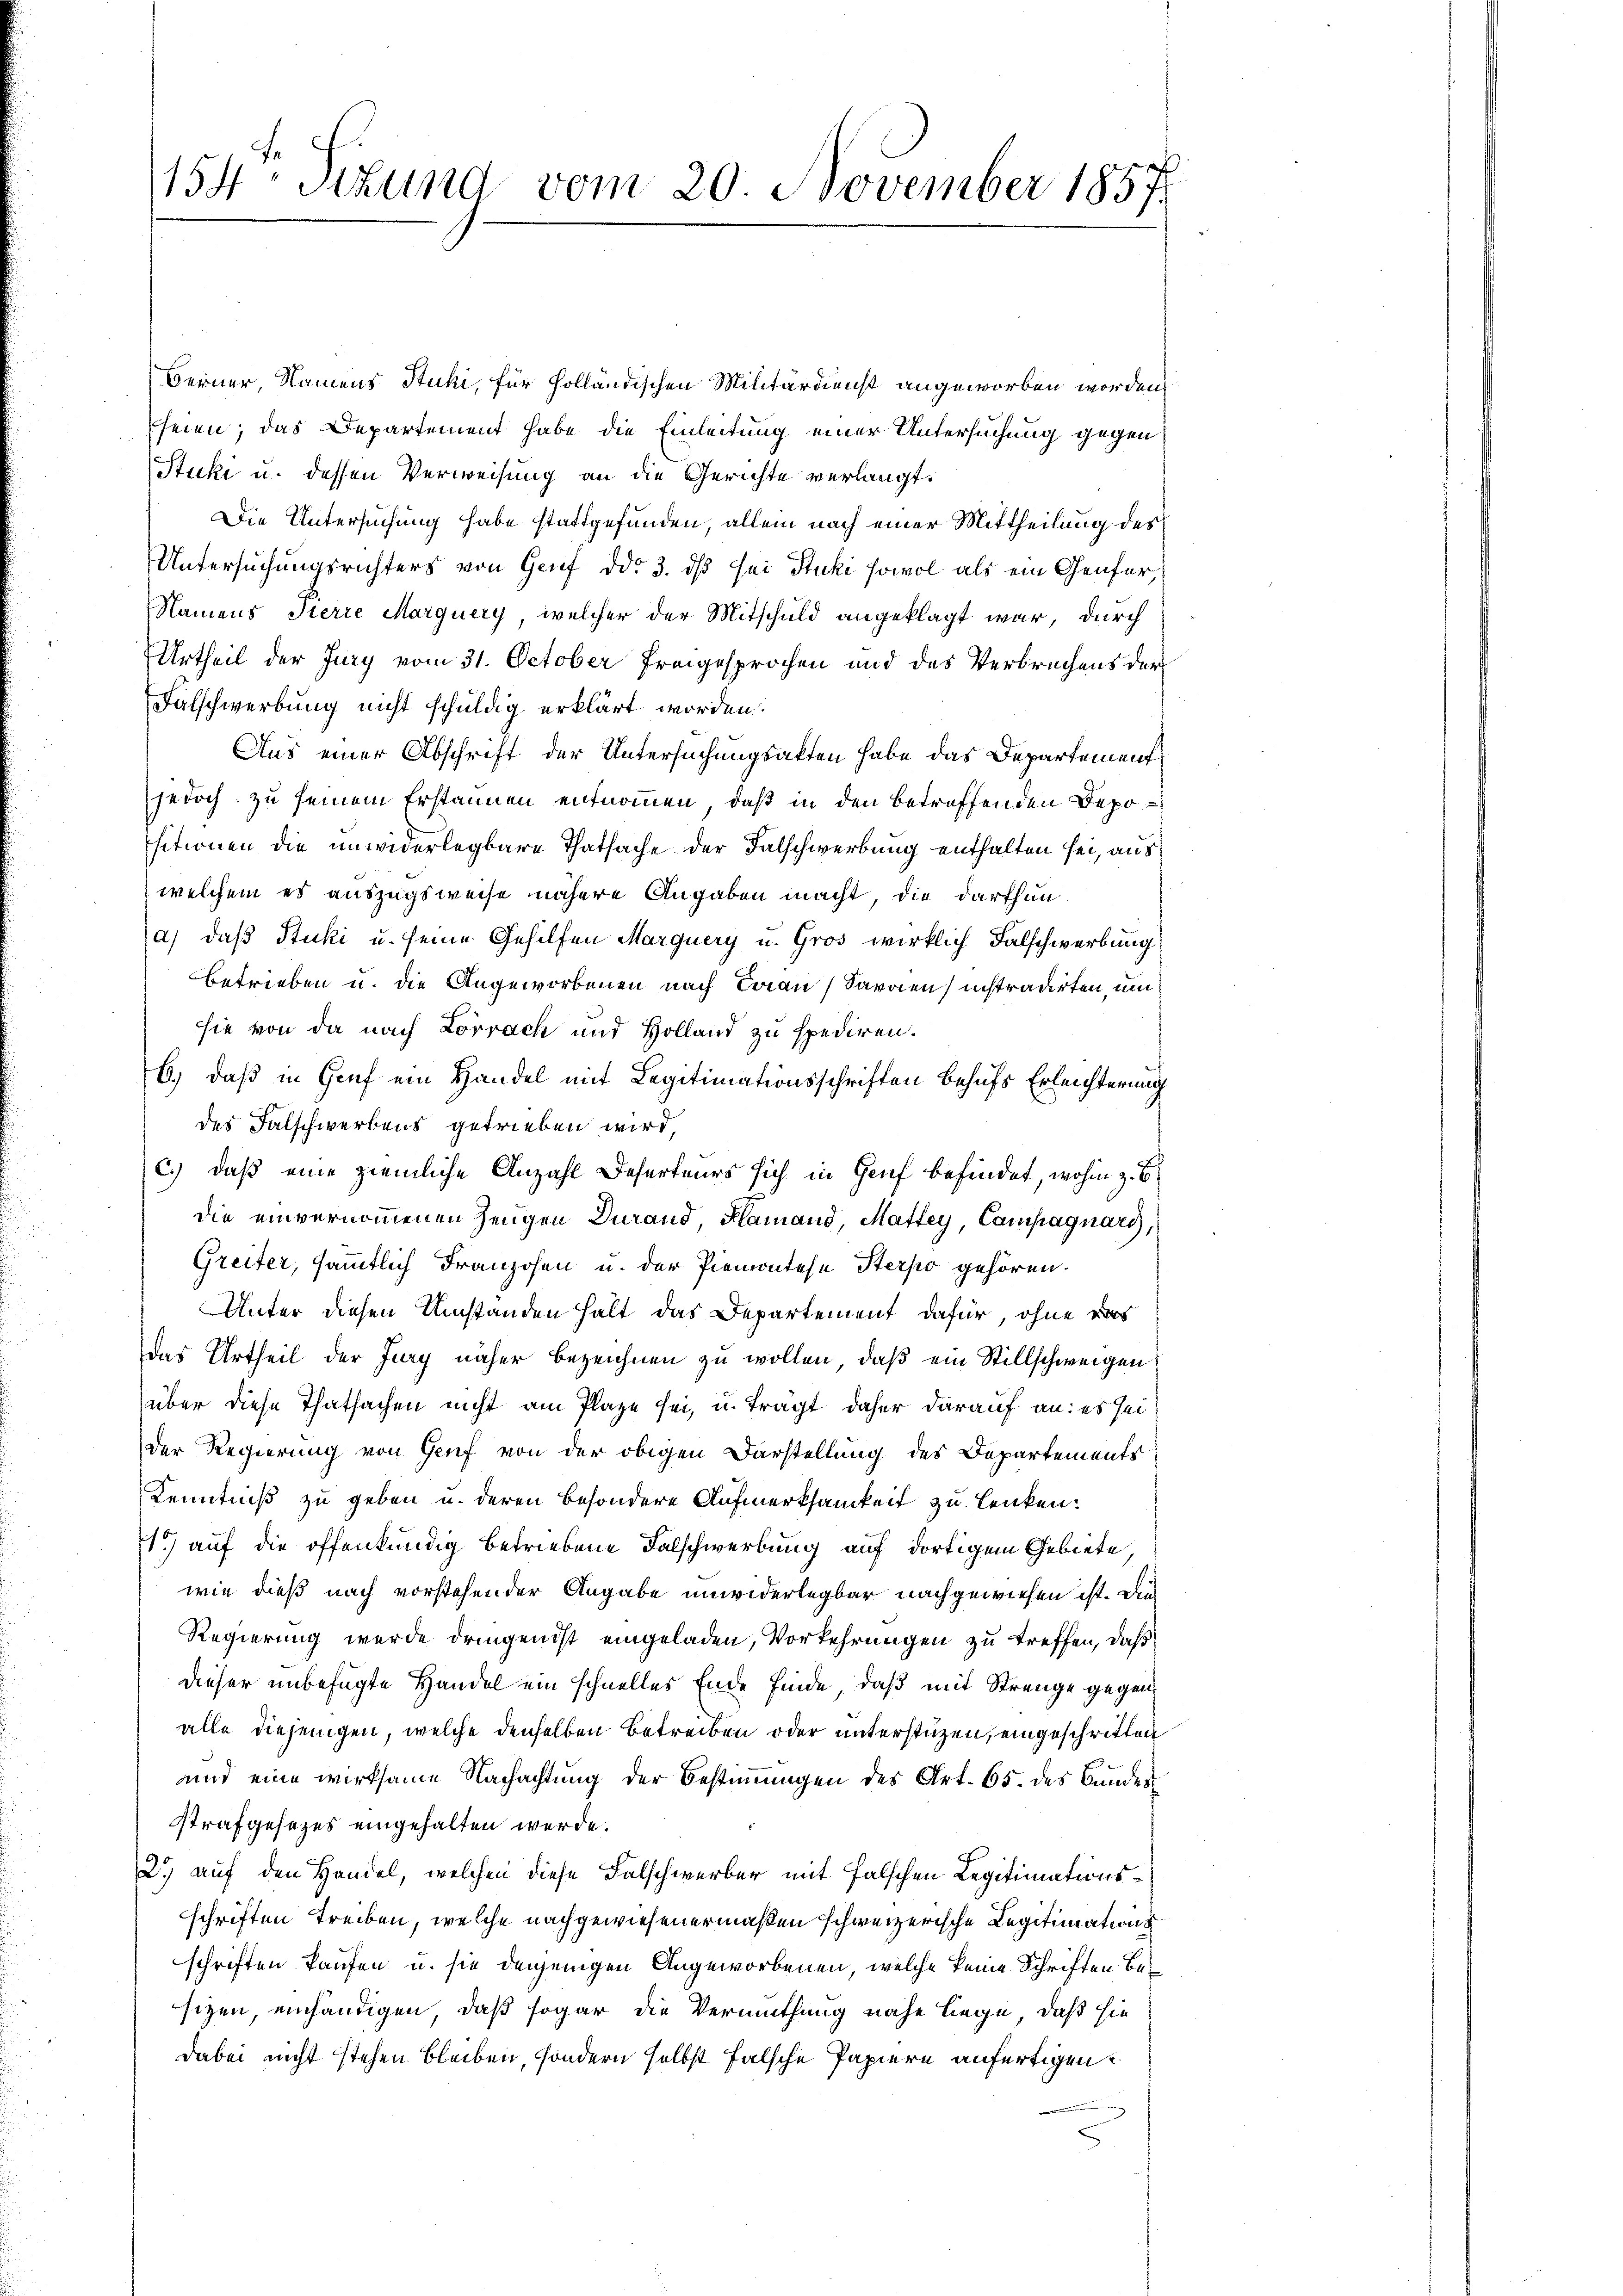
154. Stund vom 20. November 1857.

Berner, Namens Stucki, für holländischen Militärdienst angeworben worden,
seien; das Departement habe die Einleitung einer Untersuchung gegen
Stucki u. dessen Verweisung an die Gerichte verlangt.
Die Untersuchung habe stattgefunden, allein nach einer Mittheilung des
Untersuchungsrichters von Genf ddo 3. ds sei Stucki sowol als ein Genfer¬
Namens Sterre Marquery, welcher der Mitschuld angeklagt war, durch
Urtheil der Jury vom 31. October Freigesprochen und des Verbrechens der
Falschwerbung nicht schuldig erklärt worden.
Aus einer Abschrift der Untersuchungsakten habe das Departementjedoch zu seinem Erstannen entnommen, daß in den betreffenden Depositionen die unwiderlegbare Thatsache der Falschwerbung enthalten sei, aus
welchem es auszugsweise nähere Angaben macht, die darthuna) daß Stucki u. seine Gehilfen Marquery u. Gros wirklich Falschwerbung
Betrieben u. die Angeworbenen nach Frau Sarrien instradirten, um
sie von da nach Lörrach und Holland zu spediren.
6.) daß in Gruf ein Handel mit Legitimationsschriften behufs Erleichterung
des Falschwerbens getrieben wird,
c.) daß eine ziemliche Anzahl Deserteurs sich in Genf befindet, wohin z. B.
die einvernommenen Zeugen Durand, Klamand, Mattey, Campagnare,
Greiter, sämmtlich Franzosen u. der Piemontese Sterpo gehören.
Unter diesen Umstanden halt das Departement dafür, ohne das
das Urtheil der Jury näher bezeichnen zu wollen, daß ein Stillschweigen
über diese Thatsachen nicht am Plaze sei, u. trägt daher darauf an: es sei
Der Regierung von Genf von der obigen Darstellung des Departements
Kenntniß zu geben u. deren besondere Aufmerksamkeit zu lenken¬
1.) auf die offenkundig betriebene Falschwerbung auf dortigem Gebiete,
wie dieß nach vorstehender Angabe unwiderlegbar nachgewiesen ist. Die
Regierung wurde dringen ist eingeladen, Vorkehrungen zu treffen, daß
dieser unbefügte Handel ein schnelles Ende finde, daß mit Strenge gegen
alle diejenigen, welche denselben Betreiben oder unterstüzen, eingeschritten
und eine wirksame Nachachtung der Bestimmungen des Art. 65. des Bundes
strafgesezes eingehalten werde.
2.) auf den Handel, welchen diese Falschwerber mit falschen Legitimationsschriften treiben, welche nachgewiesen ermaßen schweizerische Legitimations
schriften kaufen u. sie denjenigen Angeworbenen, welche keine Schriften besizen, einhändigen, daß sogar die Vermuthung nahe liege, daß hie
dabei nicht stehen bleiben, sondern selbst falsche Papiere anfertigen